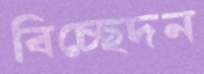
বিচ্ছেদন